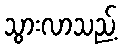
သွားလာသည့်